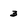
Character: 3